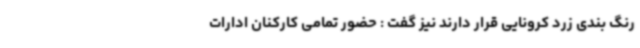
رنگ بندی زرد کرونایی قرار دارند نیز گفت : حضور تمامی کارکنان ادارات